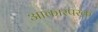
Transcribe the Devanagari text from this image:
आकारपरक